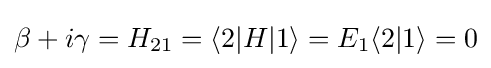
\beta +i\gamma =H_{21}=\langle 2|H|1\rangle =E_{1}\langle 2|1\rangle =0